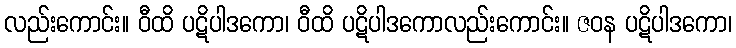
လည်းကောင်း။ ဝီထိ ပဋိပါဒကော၊ ဝီထိ ပဋိပါဒကောလည်းကောင်း။ ဇဝန ပဋိပါဒကော၊